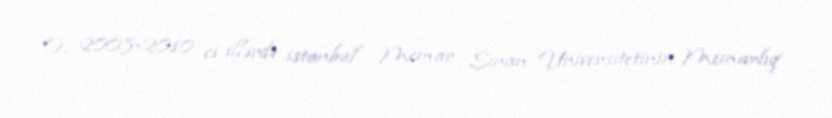
O, 2003-2010 ci illərdə istanbul Memar Sinan Universitetinin Memarlıq